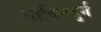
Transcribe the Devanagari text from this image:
साविनदुर्ग